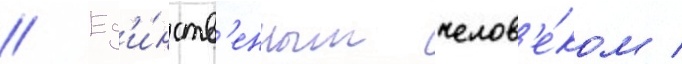
// Ед'и́нств'енным челов'е́ком /